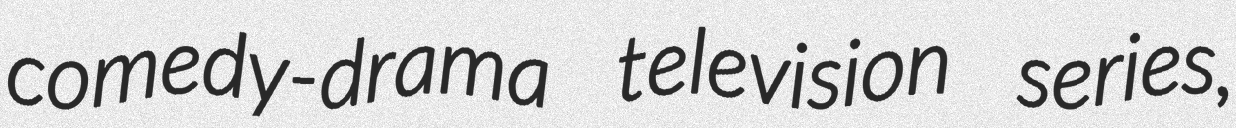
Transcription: comedy-drama television series,